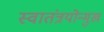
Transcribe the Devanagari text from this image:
स्वातंत्रयोन्मुख